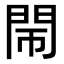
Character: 𨳪